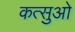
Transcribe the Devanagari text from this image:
कत्सुओ